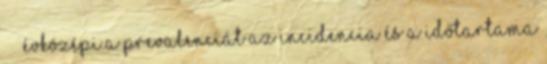
évközépi A prevalenciát az incidencia és a időtartama